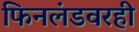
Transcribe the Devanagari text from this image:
फिनलंडवरही